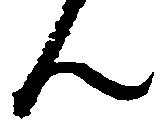
ん